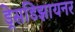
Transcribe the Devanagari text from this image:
ड्रेसडिझायनर